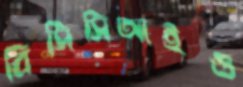
বিসিসিআইও